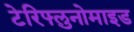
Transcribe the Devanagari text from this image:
टेरिफ्लुनोमाइड